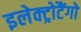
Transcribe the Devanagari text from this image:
इलेक्ट्रोटैंगो